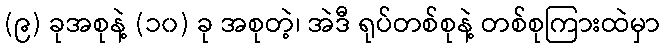
(၉) ခုအစုနဲ့ (၁၀) ခု အစုတဲ့၊ အဲဒီ ရုပ်တစ်စုနဲ့ တစ်စုကြားထဲမှာ